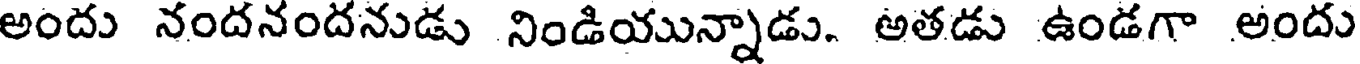
అందు నందనందనుడు నిండియున్నాడు. అతడు ఉండగా అందు